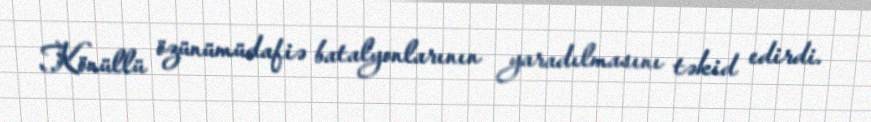
Könüllü özünümüdafiə batalyonlarının yaradılmasını təkid edirdi.